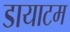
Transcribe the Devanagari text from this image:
डायाटम